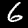
Label: 6